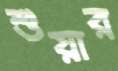
শুয়ার